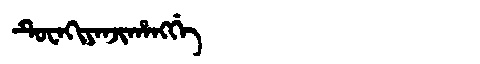
Manchu: ᡨᡠᠸᠠᡴᡳᠶᠠᠨᠵᡳᡥᠠᠩᡤᡝ
Romanization: TUWAKIYANJIHANGGE